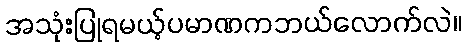
အသုံးပြုရမယ့်ပမာဏကဘယ်လောက်လဲ။